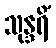
သုန္ဒရိံ